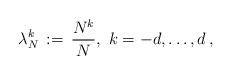
LaTeX: \begin{align*}\lambda_{ N}^k\, :=\, \frac{N^k}{N},\ k=-d,\ldots, d\, ,\end{align*}